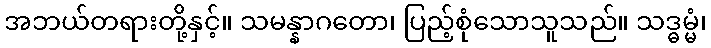
အဘယ်တရားတို့နှင့်။ သမန္နာဂတော၊ ပြည့်စုံသောသူသည်။ သဒ္ဓမ္မံ၊